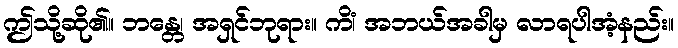
ဤသို့ဆို၏။ ဘန္တေ၊ အရှင်ဘုရား။ ကိံ၊ အဘယ်အခါမှ လာရပါအံ့နည်း။